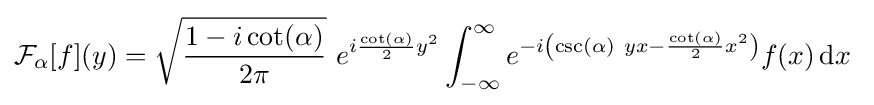
{\mathcal {F}}_{\alpha }[f](y)={\sqrt {\frac {1-i\cot(\alpha )}{2\pi }}}~e^{i{\frac {\cot(\alpha )}{2}}y^{2}}\int _{-\infty }^{\infty }e^{-i\left(\csc(\alpha )~yx-{\frac {\cot(\alpha )}{2}}x^{2}\right)}f(x)\,\mathrm {d} x~